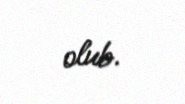
olub.